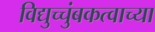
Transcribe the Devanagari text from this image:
विद्युच्चुंबकत्वाच्या